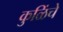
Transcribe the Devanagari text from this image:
कुळिंचे